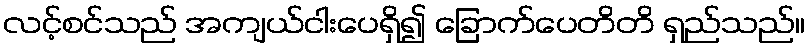
လင့်စင်သည် အကျယ်ငါးပေရှိ၍ ခြောက်ပေတိတိ ရှည်သည်။